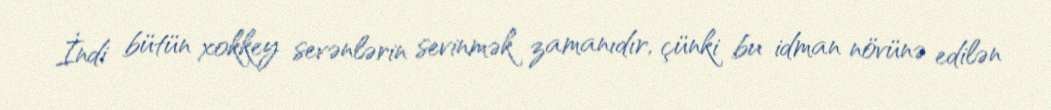
İndi bütün xokkey sevənlərin sevinmək zamanıdır, çünki bu idman növünə edilən